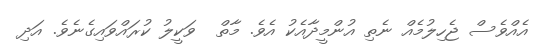
އެއްވެސް ޖެހިލުމެއް ނެތި އުންމީދާއެކު އެވެ. މާތް  ވަކީލު ކުރައްވައިގެނެވެ. އަދި